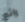
رائع